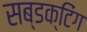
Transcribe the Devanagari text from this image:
सब्डक्टिंग